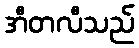
အီတလီသည်